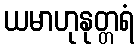
ယမာဟုနုတ္တရံ